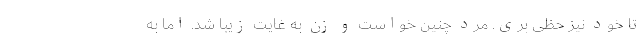
تا خود نیز حظّی بَری. مرد چنین خواست و زن به غایت زیبا شد. اما به